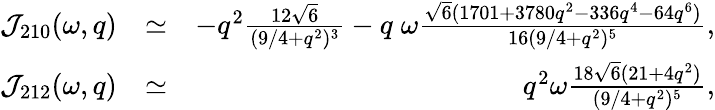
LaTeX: \begin{array}{rlr}{{\cal J}_{210}(\omega,q)}&{\simeq}&{-{q^{2}}\frac{12\sqrt{6}}{(9/4+q^{2})^{3}}-q\; \omega\frac{\sqrt{6}(1701+3780q^{2}-336q^{4}-64q^{6})}{16(9/4+q^{2})^{5}},}\\ {{\cal J}_{212}(\omega,q)}&{\simeq}&{q^{2}\omega\frac{18\sqrt{6}(21+4q^{2})}{(9/4+q^{2})^{5}},}\end{array}